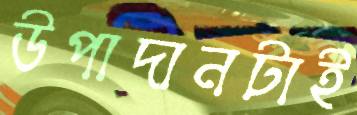
উপাদানটাই